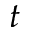
t